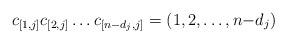
LaTeX: \begin{align*}c_{[1,j]} c_{[2,j]}\dots c_{[n-d_j,j]} = (1,2, \dots, n{-}d_j)\end{align*}